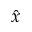
\hat { x }